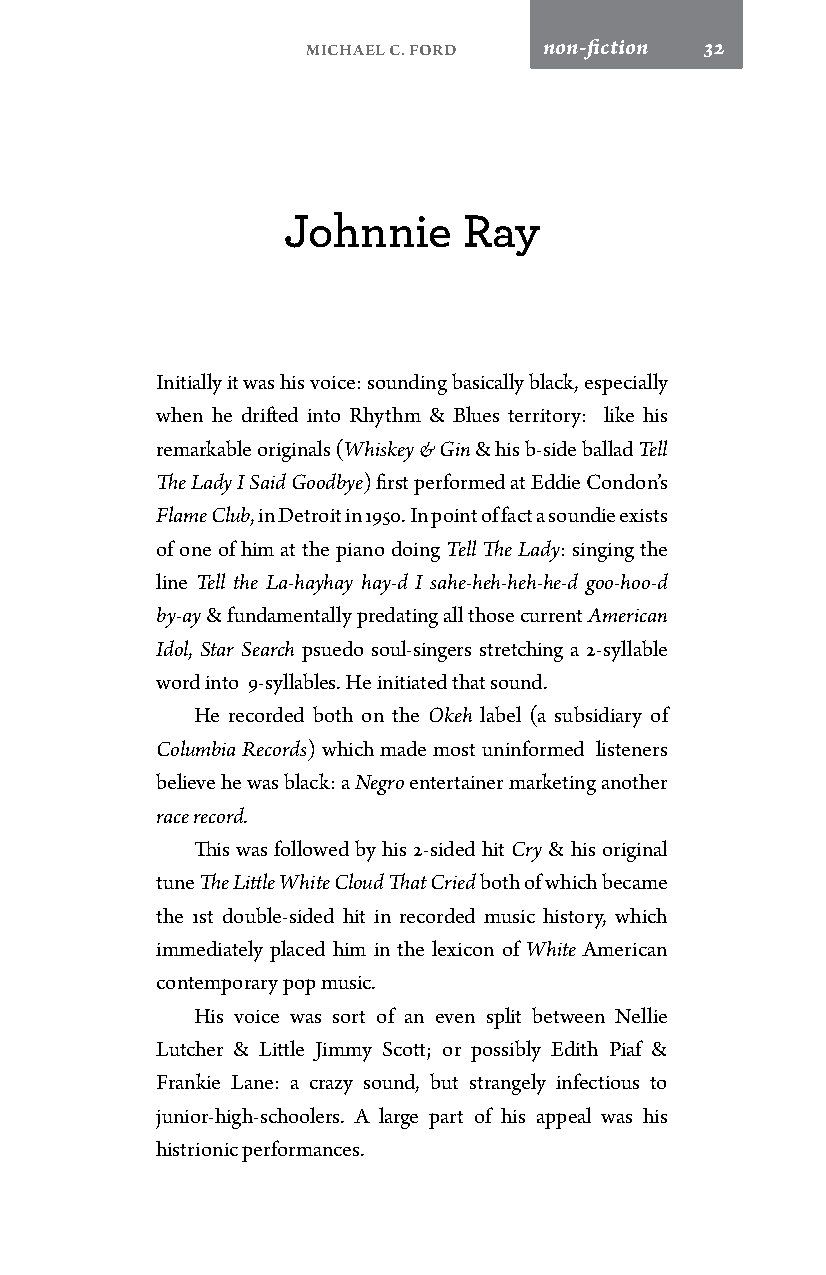
Michael C. Ford non-fiction 32
 Johnnie     Ray
 Initially it was his voice: sounding basically black, especially
 when he drifted into Rhythm & Blues territory: like his
 remarkable originals (Whiskey & Gin & his b-side ballad Tell
 The Lady I Said Goodbye) first performed at Eddie Condon’s
 Flame Club, in Detroit in 1950. In point of fact a soundie exists
 of one of him at the piano doing Tell The Lady: singing the
 line Tell the La-hayhay hay-d I sahe-heh-heh-he-d goo-hoo-d
 by-ay & fundamentally predating all those current American
 Idol, Star Search psuedo soul-singers stretching a 2-syllable
 word into 9-syllables. He initiated that sound.
 He recorded both on the Okeh label (a subsidiary of
 Columbia Records) which made most uninformed listeners
 believe he was black: a Negro entertainer marketing another
 race record.
 This was followed by his 2-sided hit Cry & his original
 tune The Little White Cloud That Cried both of which became
 the 1st double-sided hit in recorded music history, which
 immediately placed him in the lexicon of White American
 contemporary pop music.
 His voice was sort of an even split between Nellie
 Lutcher & Little Jimmy Scott; or possibly Edith Piaf &
 Frankie Lane: a crazy sound, but strangely infectious to
 junior-high-schoolers. A large part of his appeal was his
 histrionic performances.